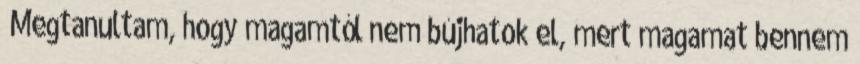
„Megtanultam, hogy magamtól nem bújhatok el, mert magamat bennem